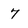
Character: 7